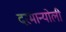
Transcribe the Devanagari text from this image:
दरमान्योली